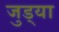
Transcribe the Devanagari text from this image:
जुड्या